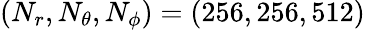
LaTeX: (N_{r},N_{\theta},N_{\phi})=(256,256,512)